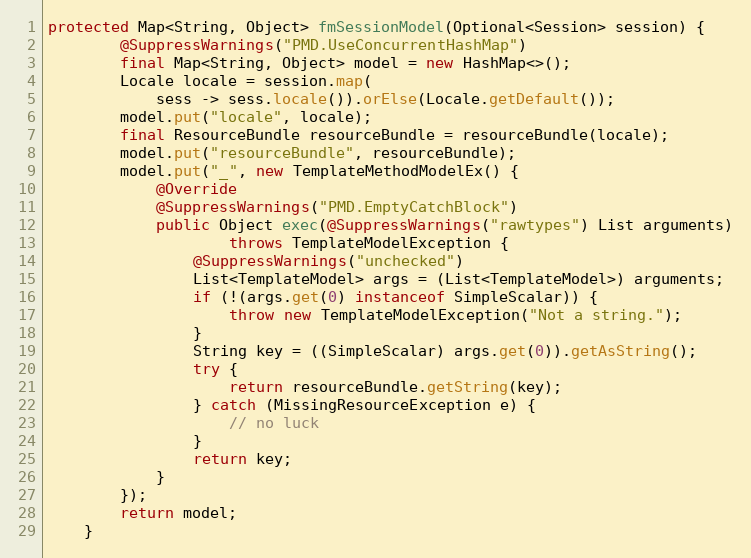
Language: Java
protected Map<String, Object> fmSessionModel(Optional<Session> session) {
        @SuppressWarnings("PMD.UseConcurrentHashMap")
        final Map<String, Object> model = new HashMap<>();
        Locale locale = session.map(
            sess -> sess.locale()).orElse(Locale.getDefault());
        model.put("locale", locale);
        final ResourceBundle resourceBundle = resourceBundle(locale);
        model.put("resourceBundle", resourceBundle);
        model.put("_", new TemplateMethodModelEx() {
            @Override
            @SuppressWarnings("PMD.EmptyCatchBlock")
            public Object exec(@SuppressWarnings("rawtypes") List arguments)
                    throws TemplateModelException {
                @SuppressWarnings("unchecked")
                List<TemplateModel> args = (List<TemplateModel>) arguments;
                if (!(args.get(0) instanceof SimpleScalar)) {
                    throw new TemplateModelException("Not a string.");
                }
                String key = ((SimpleScalar) args.get(0)).getAsString();
                try {
                    return resourceBundle.getString(key);
                } catch (MissingResourceException e) {
                    // no luck
                }
                return key;
            }
        });
        return model;
    }